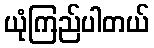
ယုံကြည်ပါတယ်